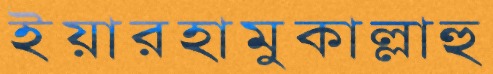
ইয়ারহামুকাল্লাহু